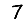
Digit: 7